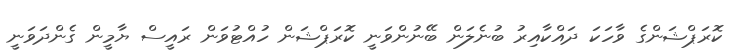
ކޮރަޕްޝަންގެ ވާހަކަ ދައްކާއިރު ބުނެލަން ބޭނުންވަނީ ކޮރަޕްޝަން ހުއްޓުވަން ރައީސް ޔާމީން ގެންދަވަނީ